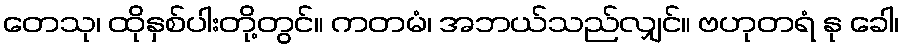
တေသု၊ ထိုနှစ်ပါးတို့တွင်။ ကတမံ၊ အဘယ်သည်လျှင်။ ဗဟုတရံ နု ခေါ၊